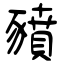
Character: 豶